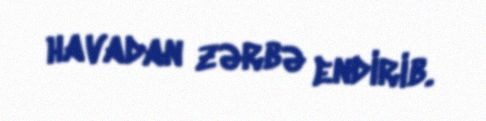
havadan zərbə endirib.